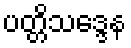
ပတ္တိသဒ္ဒေန